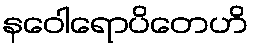
နဝေါရောပိတေဟိ